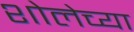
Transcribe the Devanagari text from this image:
शोलेच्या